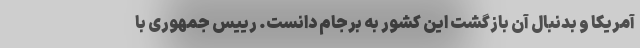
آمریکا و بدنبال آن بازگشت این کشور به برجام دانست. رییس جمهوری با